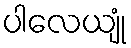
ပါလေယျုံ